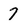
Character: 7